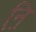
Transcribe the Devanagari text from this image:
नि़॒